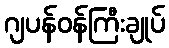
ဂျပန်ဝန်ကြီးချုပ်